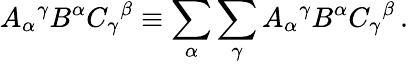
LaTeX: A_{\alpha}{}^{\gamma}B^{\alpha}C_{\gamma}{}^{\beta}\equiv\sum_{\alpha}\sum_{\gamma}A_{\alpha}{}^{\gamma}B^{\alpha}C_{\gamma}{}^{\beta}\, .